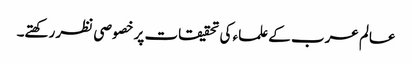
عالم عرب کے علماء کی تحقیقات پر خصوصی نظر رکھتے۔